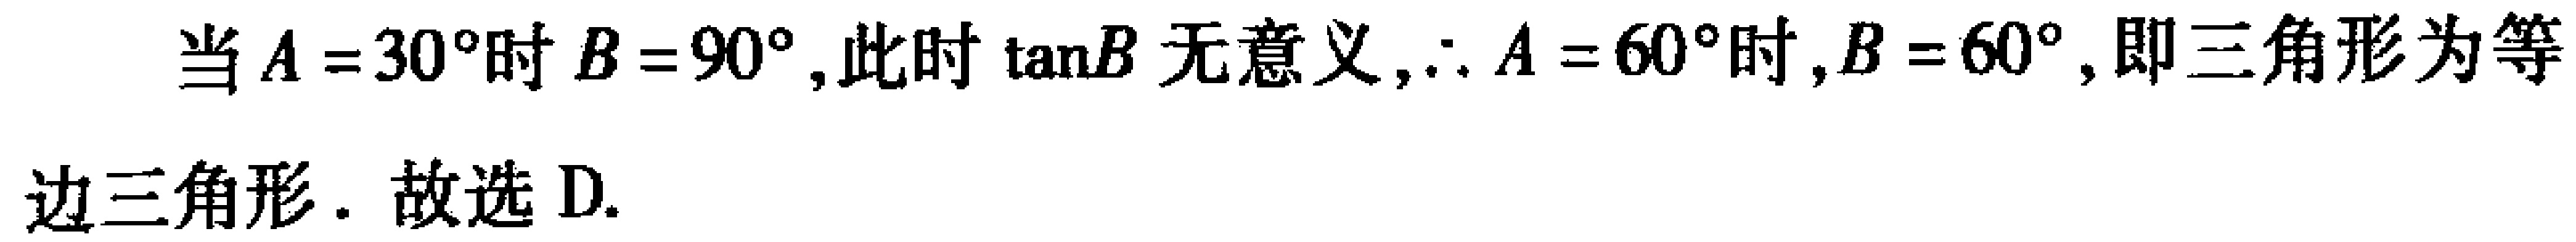
当\(A = 30^{\circ}\)时\(B = 90^{\circ}\),此时\(\tan B\)无意义,\(\therefore A = 60^{\circ}\)时,\(B = 60^{\circ}\),即三角形为等边三角形. 故选 D.